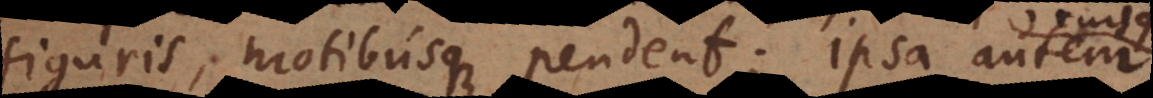
figuris, motibusque pendent; ipsa autem